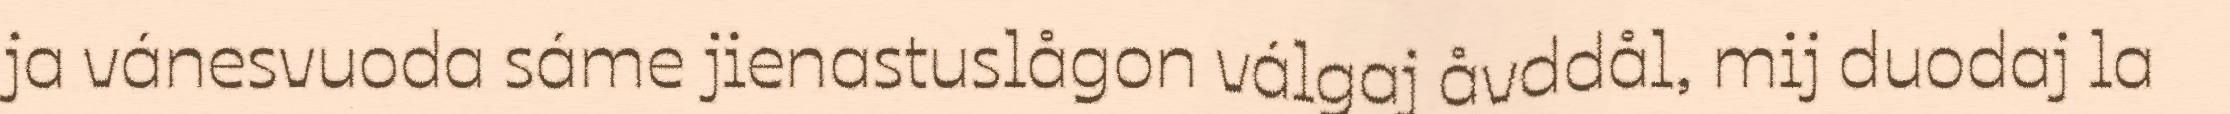
ja vánesvuoda sáme jienastuslågon válgaj åvddål, mij duodaj la